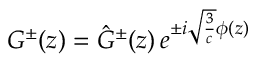
G ^ { \pm } ( z ) = \hat { G } ^ { \pm } ( z ) \, e ^ { \pm i { \sqrt { { \frac { 3 } { c } } } } \phi ( z ) }